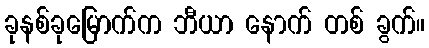
ခုနစ်ခုမြောက်က ဘီယာ နောက် တစ် ခွက်။